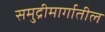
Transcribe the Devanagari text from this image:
समुद्रीमार्गातील